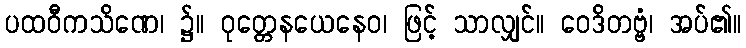
ပထဝီကသိဏေ၊ ၌။ ဝုတ္တေနယေနေဝ၊ ဖြင့် သာလျှင်။ ဝေဒိတဗ္ဗံ၊ အပ်၏။